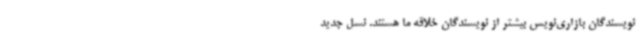
نویسندگان بازاری‌نویس بیشتر از نویسندگان خلاقه‌ ما هستند. نسل جدید